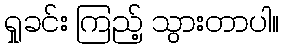
ရှုခင်း ကြည့် သွားတာပါ။